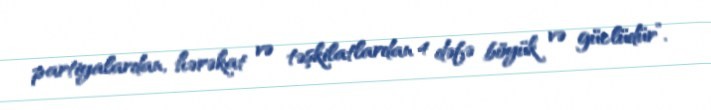
partiyalardan, hərəkat və təşkilatlardan 4 dəfə böyük və güclüdür”.